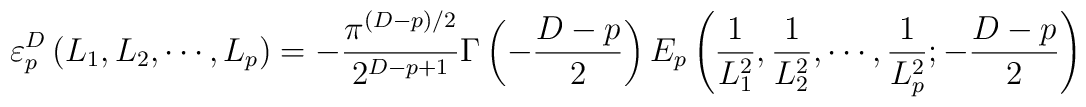
\varepsilon_p^D\left(L_{1}, L_{2},\cdots,L_{p}\right)=-\frac{\pi^{(D-p)/2}}{2^{D-p+1}}\Gamma\left(-\frac{D-p}{2}\right)E_p\left(\frac{1}{L_1^2},\frac{1}{L_2^2},\cdots, \frac{1}{L_p^2};-\frac{D-p}{2}\right)\hspace{3cm}